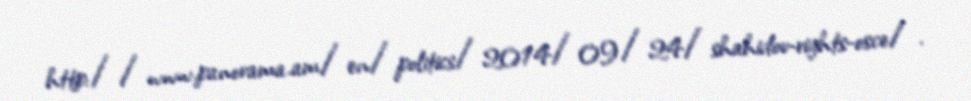
http://www.panorama.am/en/politics/2014/09/24/shahidov-rights-osce/.